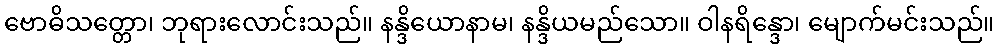
ဗောဓိသတ္တော၊ ဘုရားလောင်းသည်။ နန္ဒိယောနာမ၊ နန္ဒိယမည်သော။ ဝါနရိန္ဒော၊ မျောက်မင်းသည်။